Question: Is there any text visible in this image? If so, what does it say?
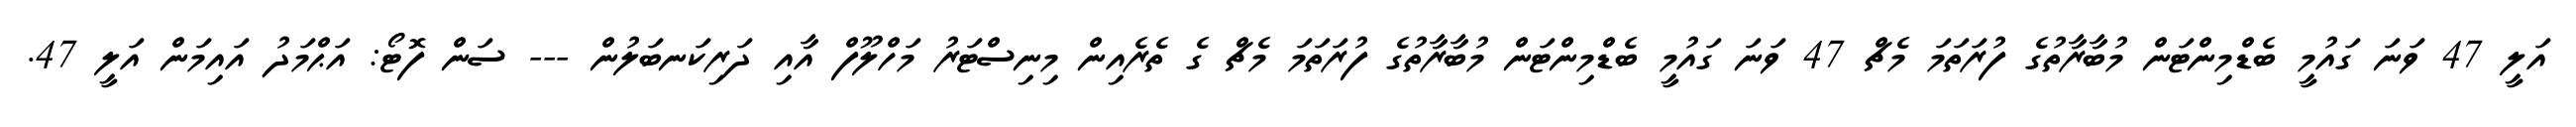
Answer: އަލީ 47 ވަނަ ގައުމީ ބެޑްމިންޓަން މުބާރާތުގެ ފުރަތަމަ މެޗް 47 ވަނަ ގައުމީ ބެޑްމިންޓަން މުބާރާތުގެ ފުރަތަމަ މެޗް ގެ ތެރެއިން މިނިސްޓަރު މަހްލޫފް އާއި ދަރިކަނބަލުން --- ސަން ފޮޓޯ: އަޙްމަދު އައިމަން އަލީ 47.